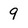
Character: 9